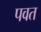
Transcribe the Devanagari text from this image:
पवत